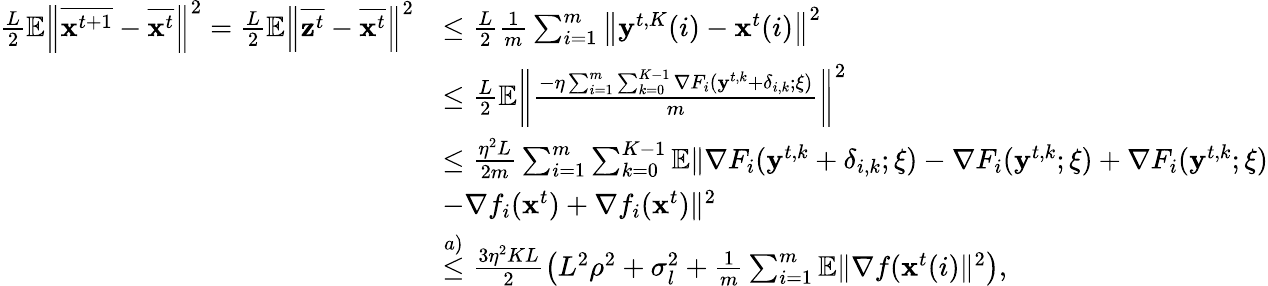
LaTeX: \begin{array}{rl}{\frac{L}{2}\mathbb{E}\left\| \overline{{\mathbf{x}^{t+1}}}-\overline{{\mathbf{x}^{t}}}\right\| ^{2}=\frac{L}{2}\mathbb{E}\left\| \overline{{\mathbf{z}^{t}}}-\overline{{\mathbf{x}^{t}}}\right\| ^{2}}&{\leq\frac{L}{2}\frac{1}{m}\sum_{i=1}^{m}\left\| \mathbf{y}^{t,K}(i)-\mathbf{x}^{t}(i)\right\| ^{2}}\\ &{\leq\frac{L}{2}\mathbb{E}\left\| \frac{-\eta\sum_{i=1}^{m}\sum_{k=0}^{K-1}\nabla F_{i}(\mathbf{y}^{t,k}+\delta_{i,k};\xi)}{m}\right\| ^{2}}\\ &{\leq\frac{\eta^{2}L}{2m}\sum_{i=1}^{m}\sum_{k=0}^{K-1}\mathbb{E}\| \nabla F_{i}(\mathbf{y}^{t,k}+\delta_{i,k};\xi)-\nabla F_{i}(\mathbf{y}^{t,k};\xi)+\nabla F_{i}(\mathbf{y}^{t,k};\xi)}\\ &{-\nabla f_{i}(\mathbf{x}^{t})+\nabla f_{i}(\mathbf{x}^{t})\| ^{2}}\\ &{\overset{a)}{\leq}\frac{3\eta^{2}KL}{2}\left(L^{2}\rho^{2}+\sigma_{l}^{2}+\frac{1}{m}\sum_{i=1}^{m}\mathbb{E}\| \nabla f(\mathbf{x}^{t}(i)\| ^{2}\right),}\end{array}